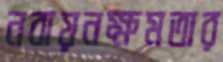
নবায়নক্ষমতার